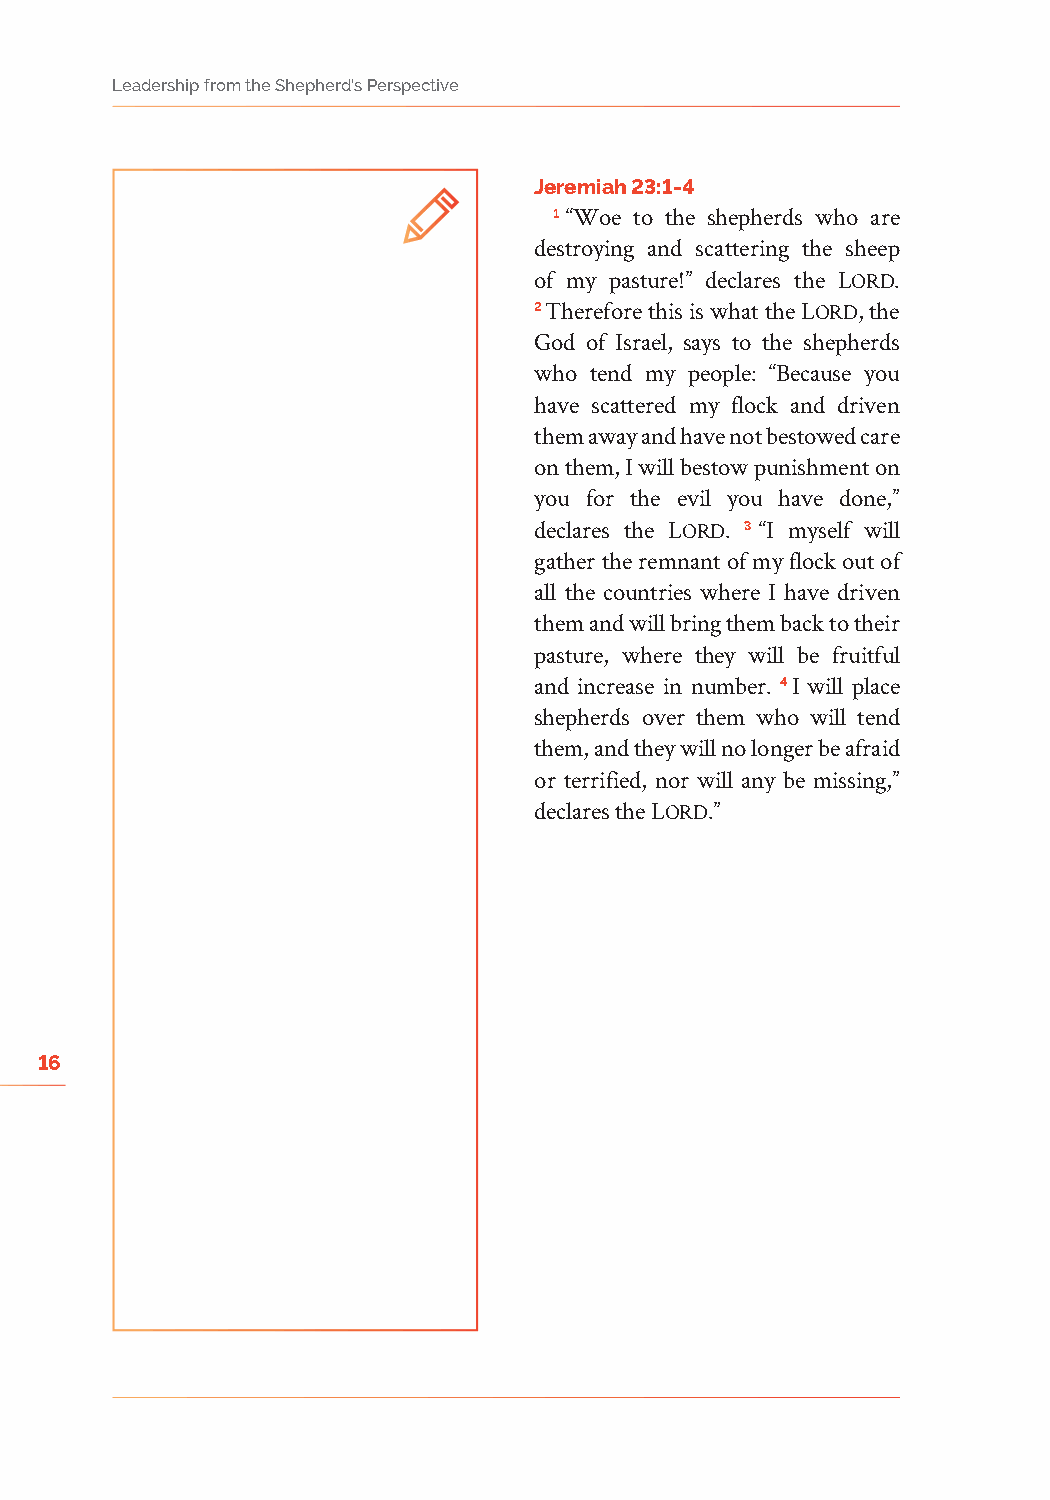
Leadership from the Shepherd’s Perspective
 Jeremiah 23:1-4
 1 “Woe to the shepherds who are
 destroying and scattering the sheep
 of my pasture!” declares the Lord.
 2 Therefore this is what the Lord, the
 God of Israel, says to the shepherds
 who tend my people: “Because you
 have scattered my flock and driven
 them away and have not bestowed care
 on them, I will bestow punishment on
 you for the evil you have done,”
 declares the Lord. 3 “I myself will
 gather the remnant of my flock out of
 all the countries where I have driven
 them and will bring them back to their
 pasture, where they will be fruitful
 and increase in number. 4 I will place
 shepherds over them who will tend
 them, and they will no longer be afraid
 or terrified, nor will any be missing,”
 declares the Lord.”
 16